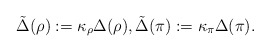
\begin{align*}\tilde{\Delta}(\rho) := \kappa_\rho \Delta(\rho),\tilde{\Delta}(\pi) := \kappa_\pi \Delta(\pi).\end{align*}